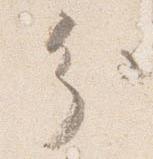
分